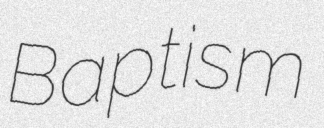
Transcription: Baptism